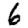
Digit: 6